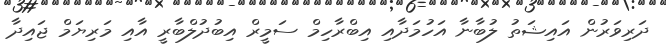
ދަރިވަރުން އައިޝަތު ލުބާނާ އަހުމަދާއި އިބްރާހިމް ސަމީރް އިބުދުލްބާރީ އާއި މަރިޔަމް ޖައިދާ